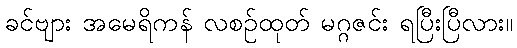
ခင်ဗျား အမေရိကန် လစဉ်ထုတ် မဂ္ဂဇင်း ရပြီးပြီလား။